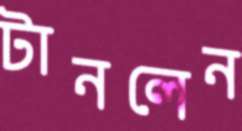
টানলেন